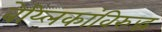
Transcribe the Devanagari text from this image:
बेय्लिकांविरुद्ध